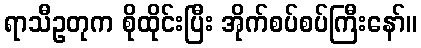
ရာသီဥတုက စိုထိုင်းပြီး အိုက်စပ်စပ်ကြီးနော်။